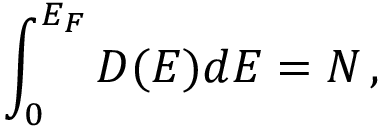
\int _ { 0 } ^ { E _ { F } } D ( E ) d E = N \, ,